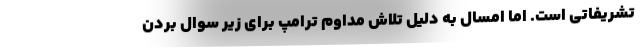
تشریفاتی است. اما امسال به دلیل تلاش مداوم ترامپ برای زیر سوال بردن